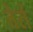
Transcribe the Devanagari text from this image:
तेर्रा